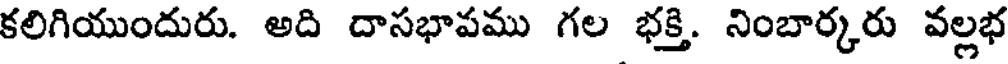
కలిగియుందురు. అది దాసభాపము గల భక్తి. నింబార్కరు వల్లభ